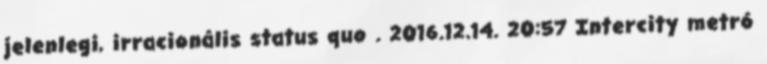
jelenlegi, irracionális status quo . 2016.12.14. 20:57 Intercity metró